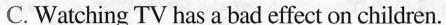
C. Watching TV has a bad effect on children.